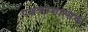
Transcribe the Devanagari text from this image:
पञ्चक्रोशात्मक